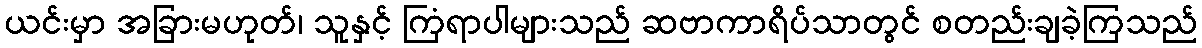
ယင်းမှာ အခြားမဟုတ်၊ သူနှင့် ကြံရာပါများသည် ဆဗာကာရိပ်သာတွင် စတည်းချခဲ့ကြသည်